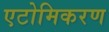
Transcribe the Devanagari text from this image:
एटोमिकरण